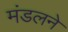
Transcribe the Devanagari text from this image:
मंडलने